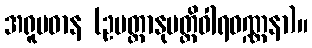
အရူပဓာန (ဥပတ္တာနုပတ္တိဝါရဝဏ္ဏနာ)။